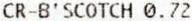
CR-B'SCOTCH 0.72